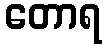
တောရ